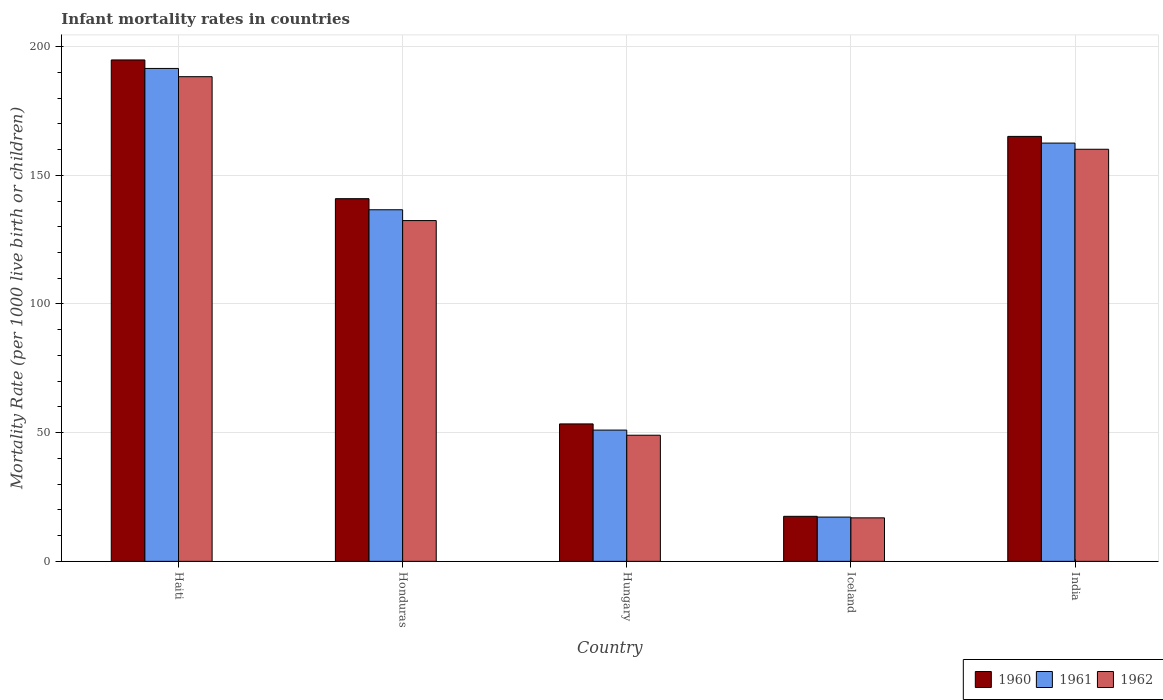
| Country | 1960 | 1961 | 1962 |
 | --- | --- | --- | --- |
 | Haiti | 195 | 192 | 188 |
 | Honduras | 141 | 137 | 132 |
 | Hungary | 53.4 | 51 | 49 |
 | Iceland | 17.5 | 17.2 | 16.9 |
 | India | 165 | 162 | 160 |